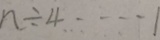
n \div 4 \cdots 1